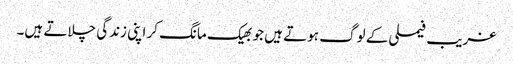
غریب فیملی کے لوگ ہوتے ہیں جو بھیک مانگ کر اپنی زندگی چلاتے ہیں۔